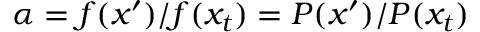
\alpha = f ( x ^ { \prime } ) / f ( x _ { t } ) = P ( x ^ { \prime } ) / P ( x _ { t } )